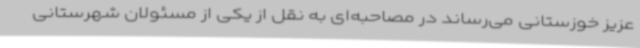
عزیز خوزستانی می‌رساند در مصاحبه‌ای به نقل از یکی از مسئولان شهرستانی